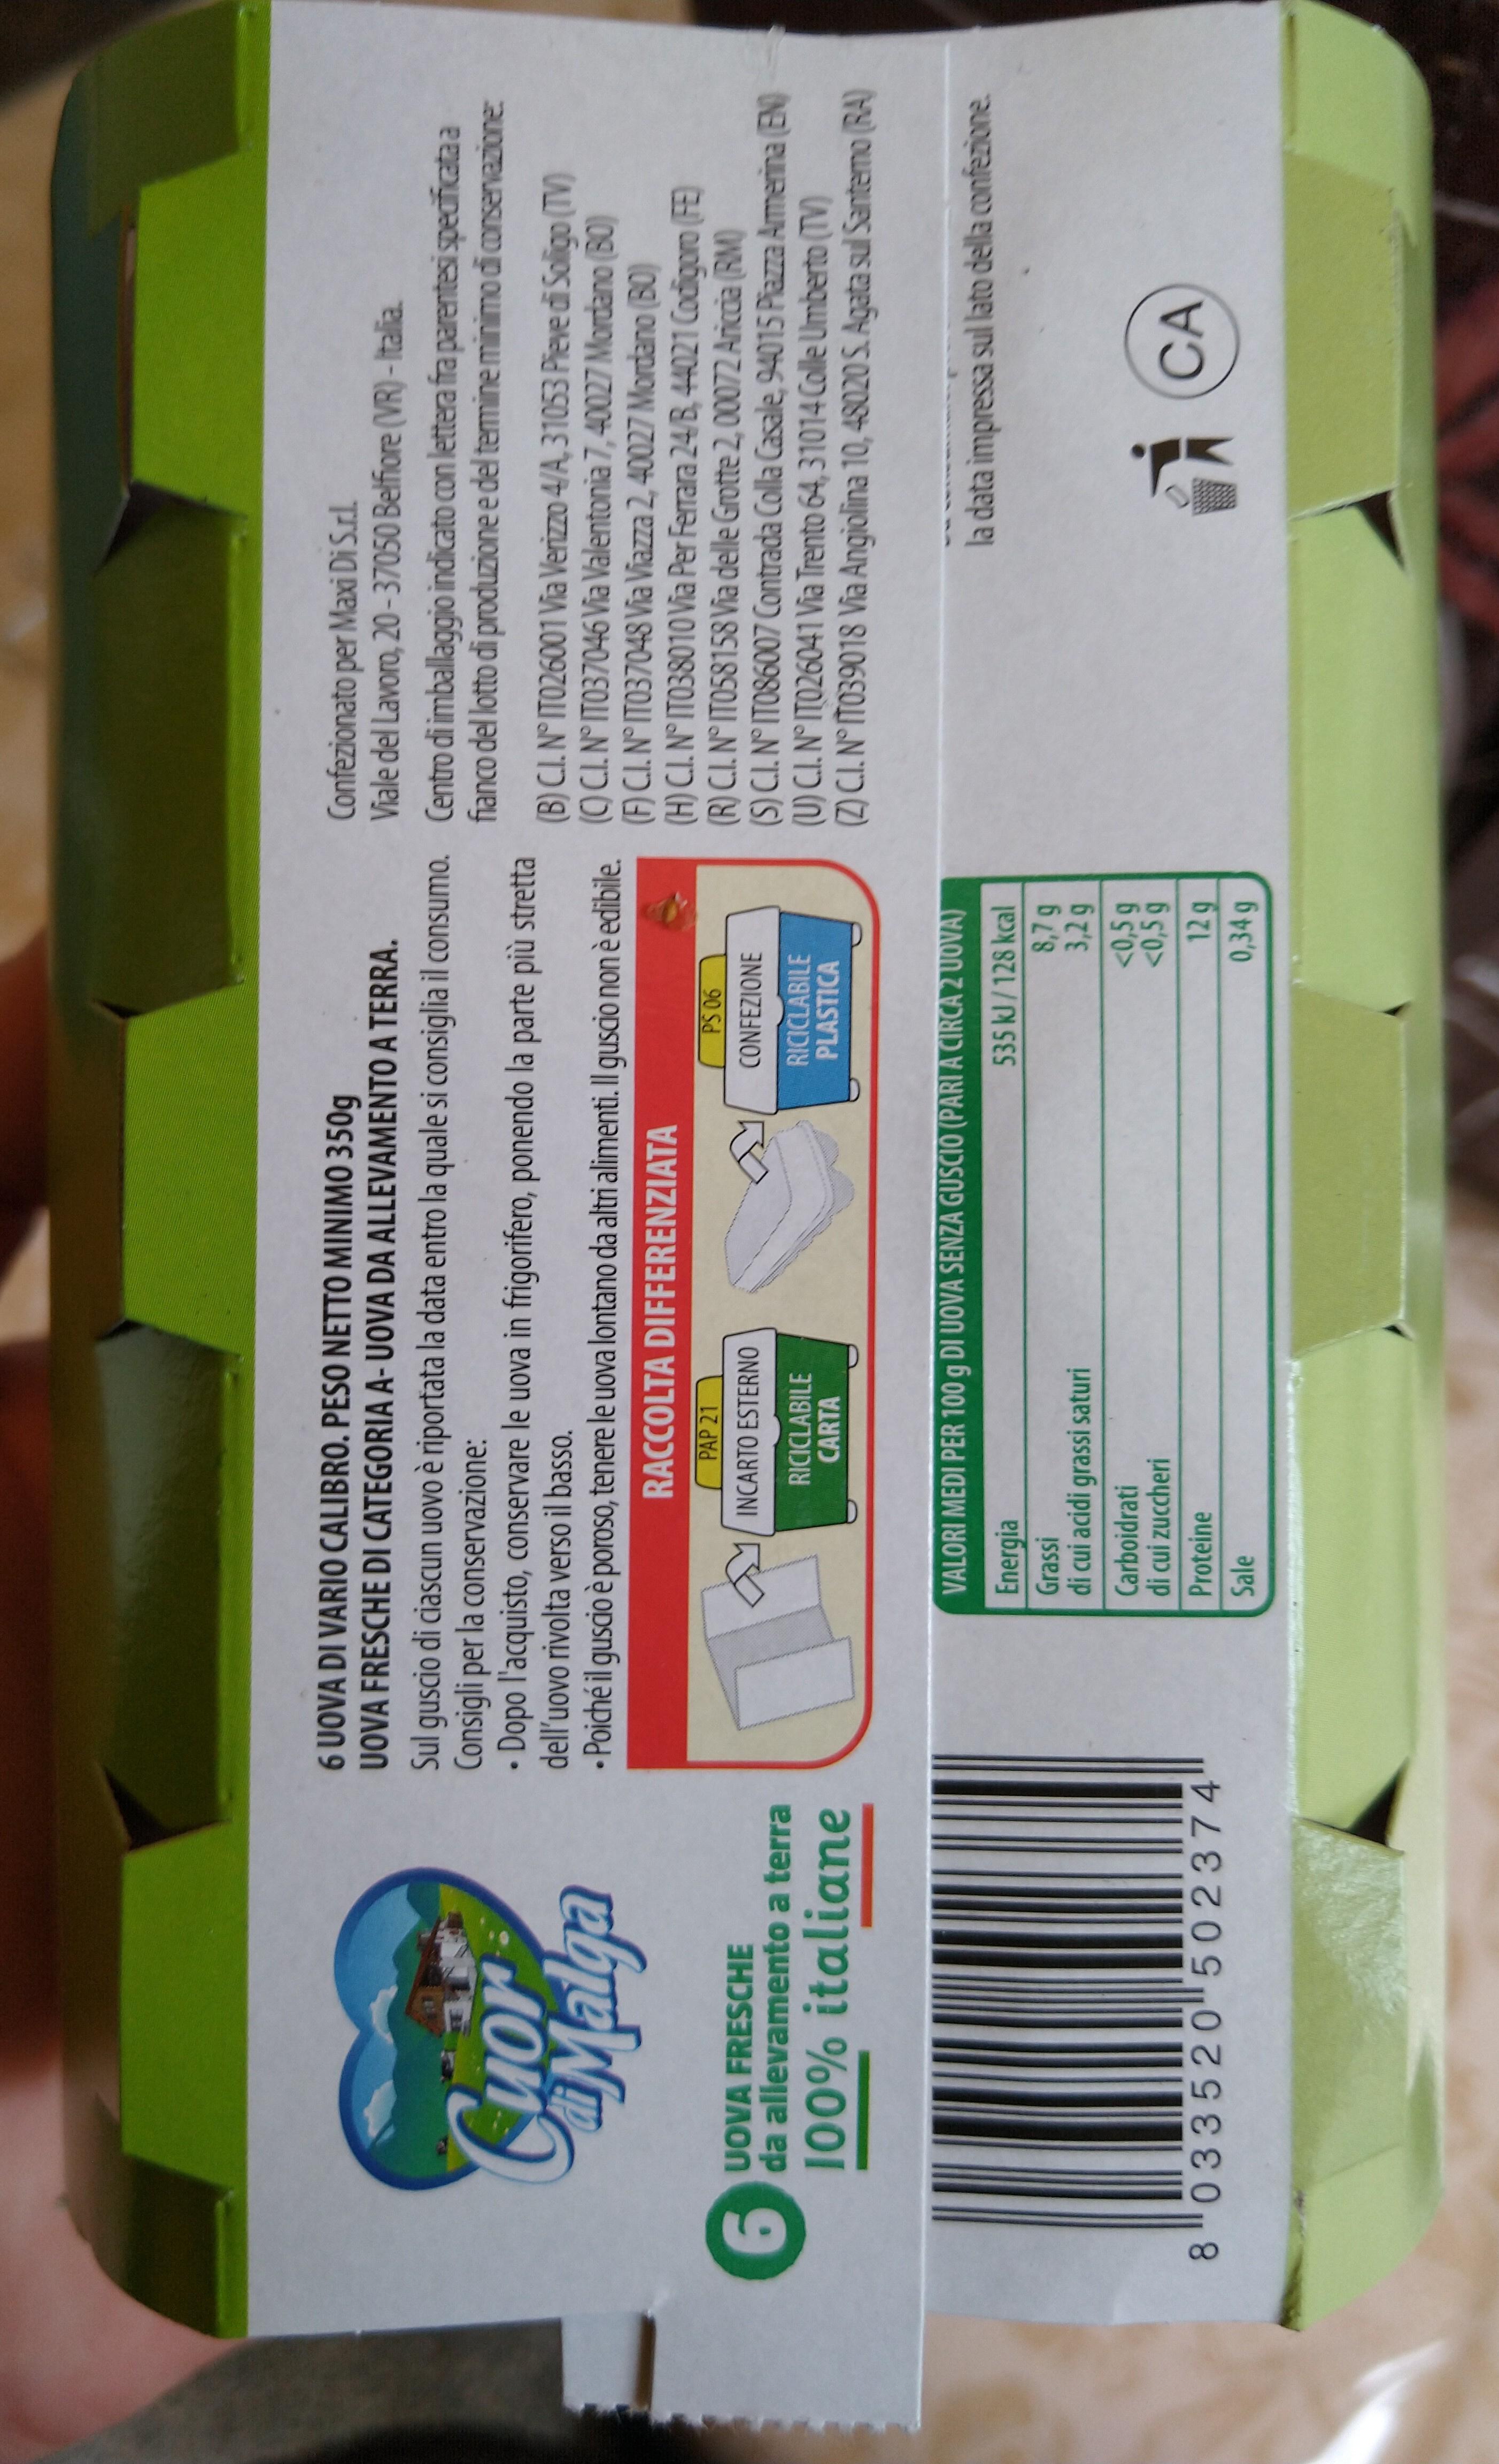
6 UOVA DI VARIO CALIBRO. PESO NETTO MINIMO 350g UOVA FRESCHE DI CATEGORIA A- UOVA DA ALLEVAMENTO A TERRA.
Confezionato per Maxi Di S.r.l. Viale del Lavoro, 20-37050 Belfiore (VR) -Italia.
Sul guscio di ciascun uovo è riportata la data entro la quale si consiglia il consumo. Centro di imballaggio indicato con lettera fra parentesi specificata a Consigli per la conservazione: • Dopo l'acquisto, conservare le uova in frigorifero, ponendo la parte più stretta dell'uovo rivolta verso il basso.
fianco del lotto di produzione e del temine minimo di conservazione
Mon Ma
(B) C.I. N° ITO26001 Via Verizzo 4/A, 31053 Pieve di Soligo (TV)
• Poiché il guscio è poroso, tenere le uova lontano da altri alimenti. Il quscio non è edibile, ()CI. N°IT037046 Via Valentonia 7, 40027 Mordano (B0)
(F) C.I. N° ITO37048 Via Viazza 2, 40027 Mordano (BO) (H) C.I. N° ITO38010 Via Per Ferrara 24/B, 44021 Codigoro (FE) (R) C.I. N° ITO58158 Via delle Grotte 2, 00072 Ariccia (RM) (S) C.I. N°ITO86007 Contrada Colla Casale, 94015 Piaza Amerina (EN (U) C.I. N° ITO26041 Via Trento 64, 31014 Colle Umberto (TV) (Z) C.I. N° TO39018 Via Angiolina 10, 48020 S. Agata sul Santemo (RA)
RACCOLTA DIFFERENZIATA
90 SS CONFEZIONE
PAP 21
INCARTO ESTERNO
UOVA FRESCHE da allevamento a terra
100% italiane
RICICLABILE CARTA
RICICLABILE PLASTICA
VALORI MEDI PER 100 g DI UOVA SENZA GUSCIO (PARI A CIRCA 2 UOVA)
la data impressa sul lato della confezione.
535 kJ/128 kcal
Energia Grassi di cui acidi grassi saturi
3,2 g <0,5 g
Carboidrati di cui zuccheri
CA
12g 0,34 g
Proteine
8 033520502374
Sale